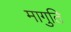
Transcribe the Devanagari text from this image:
मागुति